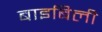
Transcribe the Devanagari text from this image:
बाइबिली